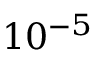
1 0 ^ { - 5 }